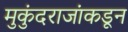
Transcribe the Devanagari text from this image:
मुकुंदराजांकडून